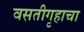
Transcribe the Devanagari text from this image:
वसतीगृहाचा